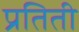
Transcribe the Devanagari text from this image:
प्रतिती